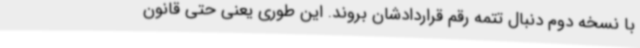
با نسخه دوم دنبال تتمه رقم قراردادشان بروند. این‌ طوری یعنی حتی قانون